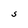
Character: S